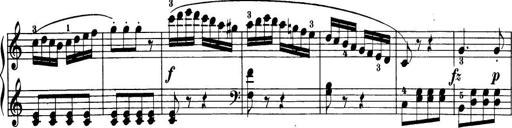
Title: 32 Sonatinas and Rondos for the Piano
Composer: Richard Kleinmichel